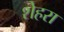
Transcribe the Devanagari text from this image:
शेहरा